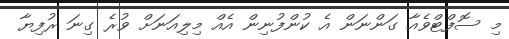
މި ސޮފްޓްވެއާ ގަންނަން އެ ކުންފުނިން އެއް މިލިއަނަށް ވުރެ ގިނަ ރުފިޔާ